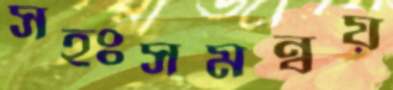
সহঃসমন্বয়